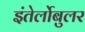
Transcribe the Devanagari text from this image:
इंतेर्लोबुलर